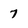
Character: 7